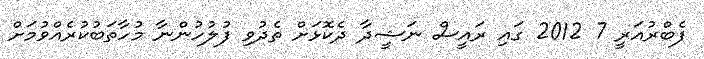
ފެބްރުއަރީ 7 2012 ގައި ރައީސް ނަޝީދާ ދެކޮޅަށް ތެދުވި ފުލުހުންނާ މުހާތަބުކުރެއްވުމަށް